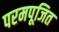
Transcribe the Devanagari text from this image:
परमपूजित